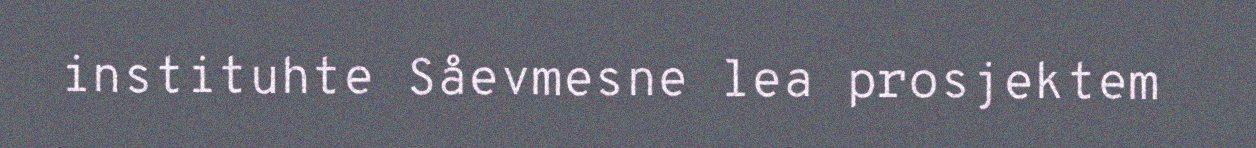
instituhte Såevmesne lea prosjektem